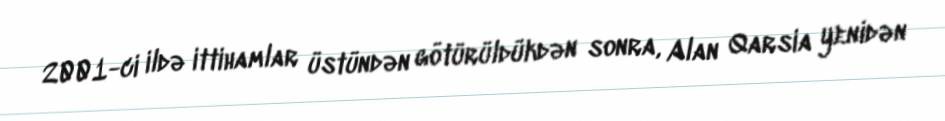
2001-ci ildə ittihamlar üstündən götürüldükdən sonra, Alan Qarsia yenidən